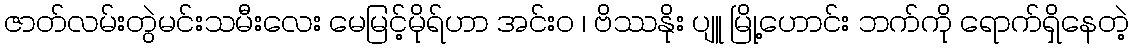
ဇာတ်လမ်းတွဲမင်းသမီးလေး မေမြင့်မိုရ်ဟာ အင်းဝ ၊ ဗိဿနိုး ပျူ မြို့ဟောင်း ဘက်ကို ရောက်ရှိနေတဲ့